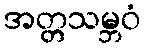
အတ္တသမ္ဘဝံ